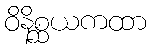
ဝိနိစ္ဆယကထာ